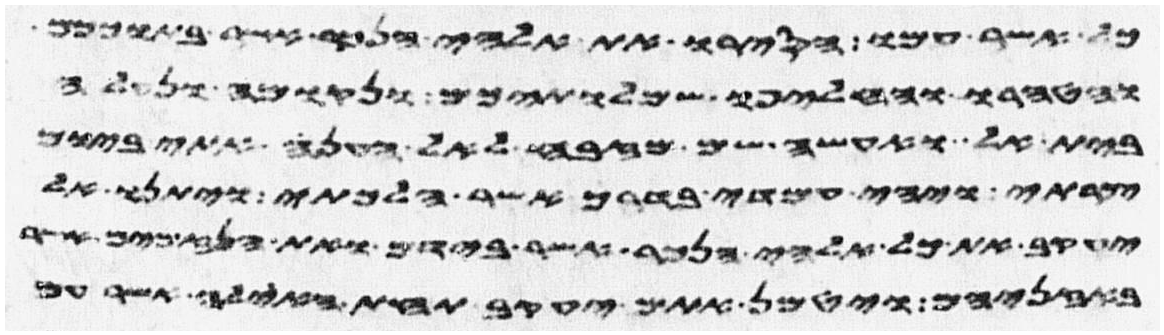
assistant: כל אשר עמו הסירו את אלהי הנכר אשר בתוככם
והטהרו והחליפו שמלתיכם ונקומה ונעלה
בית אל ואעשה שם מזבח לאל הענה אתי ביום
צרתי ויהי עמדי בדרך אשר הלכתי ויתנו אל
יעקב את כל אלהי הנכר אשר בידם ואת הנזמים אשר
באזניהם ויטמן אתם יעקב תחת האילה אשר עם